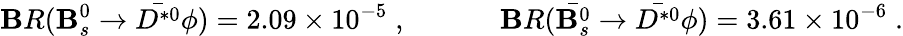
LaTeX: \mathbf{B}R(\mathbf{B}_{s}^{0}\to\bar{{D^{*0}}}\phi)=2.09\times10^{-5}\; ,~~~~~~~~~~~~~\mathbf{B}R(\bar{{\mathbf{B}_{s}^{0}}}\to\bar{{D^{*0}}}\phi)=3.61\times10^{-6}\; .